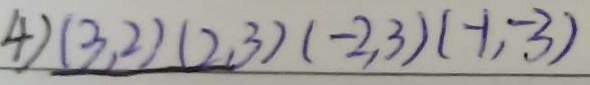
4 ) ( 3 , 2 ) ( 2 , 3 ) ( - 2 , 3 ) ( - 1 , - 3 )